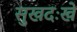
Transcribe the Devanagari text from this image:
सुखदःखे